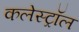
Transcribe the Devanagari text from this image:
कलेस्ट्रॉल